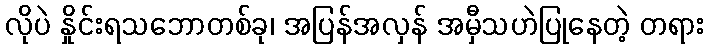
လိုပဲ နှိုင်းရသဘောတစ်ခု၊ အပြန်အလှန် အမှီသဟဲပြုနေတဲ့ တရား